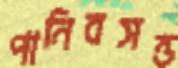
পানিবসন্ত